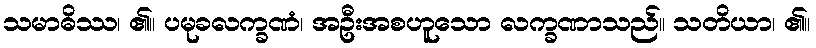
သမာဓိဿ၊ ၏။ ပမုခလက္ခဏံ၊ အဦးအစဟူသော လက္ခဏာသည်။ သတိယာ၊ ၏။